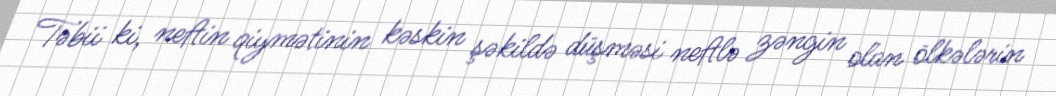
Təbii ki, neftin qiymətinin kəskin şəkildə düşməsi neftlə zəngin olan ölkələrin